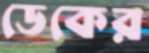
ডেকের